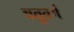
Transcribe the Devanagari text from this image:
चतुवर्ग